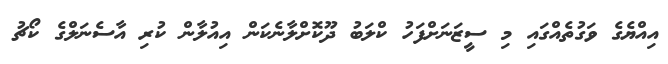
އިއްޔެގެ ވަގުތެއްގައި މި ސީޒަނަށްފަހު ކްލަބު ދޫކޮށްލާނެކަން އިއުލާން ކުރި އާސެނަލްގެ ކޯޗު